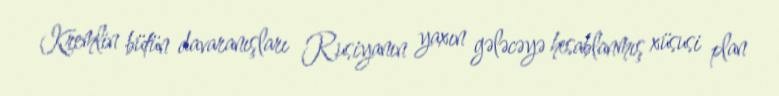
Kremlin bütün davaranışları Rusiyanın yaxın gələcəyə hesablanmış xüsusi plan